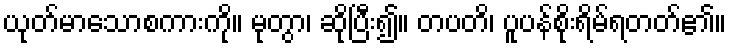
ယုတ်မာသောစကားကို။ မုတွာ၊ ဆိုပြီး၍။ တပတိ၊ ပူပန်စိုးရိမ်ရတတ်၏။